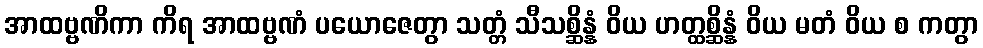
အာထဗ္ဗဏိကာ ကိရ အာထဗ္ဗဏံ ပယောဇေတွာ သတ္တံ သီသစ္ဆိန္နံ ဝိယ ဟတ္ထစ္ဆိန္နံ ဝိယ မတံ ဝိယ စ ကတွာ